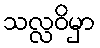
သလ္လဝိမှာ